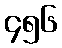
၄၅၆